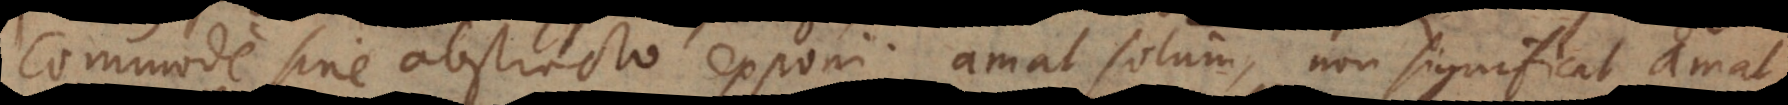
commode sine abstracto exponi; amat solum, non significat ama